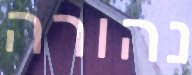
נהורה